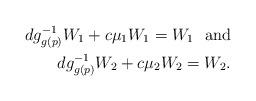
LaTeX: \begin{align*} dg^{-1}_{g(p)}W_1 + c\mu_1W_1 = W_1 \ \ \mathrm{and}\\dg^{-1}_{g(p)}W_2 + c\mu_2W_2 = W_2.\end{align*}